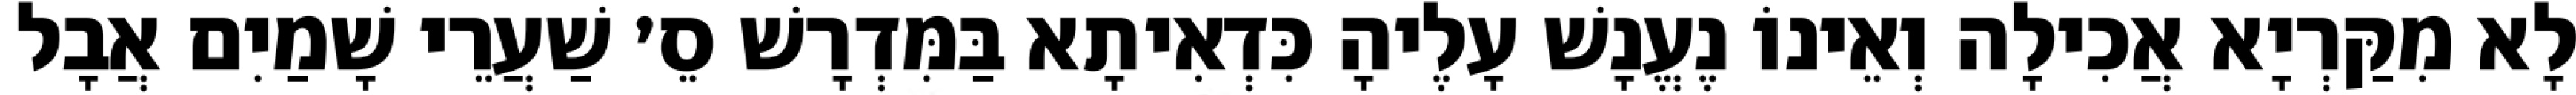
לָא מִקַּרְיָא אֲכִילָה וְאֵינוֹ נֶעֱנָשׁ עָלֶיהָ כִּדְאִיתָא בַּמִּדְרָשׁ סֵ׳ שַׁעֲרֵי שָׁמַיִם אֲבָל